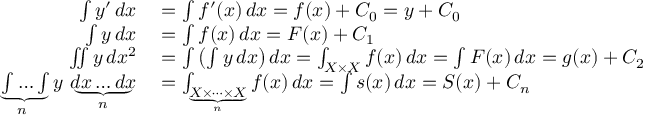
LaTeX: \begin{array} { r l } { \int y ^ { \prime } \, d x } & { { } = \int f ^ { \prime } ( x ) \, d x = f ( x ) + C _ { 0 } = y + C _ { 0 } } \\ { \int y \, d x } & { { } = \int f ( x ) \, d x = F ( x ) + C _ { 1 } } \\ { \iint y \, d x ^ { 2 } } & { { } = \int \left( \int y \, d x \right) d x = \int _ { X \times X } f ( x ) \, d x = \int F ( x ) \, d x = g ( x ) + C _ { 2 } } \\ { \underbrace { \int \dots \int } _ { \! \! n } y \, \underbrace { d x \dots d x } _ { n } } & { { } = \int _ { \underbrace { X \times \cdots \times X } _ { n } } f ( x ) \, d x = \int s ( x ) \, d x = S ( x ) + C _ { n } } \end{array}